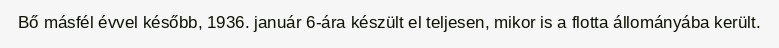
Bő másfél évvel később, 1936. január 6-ára készült el teljesen, mikor is a flotta állományába került.